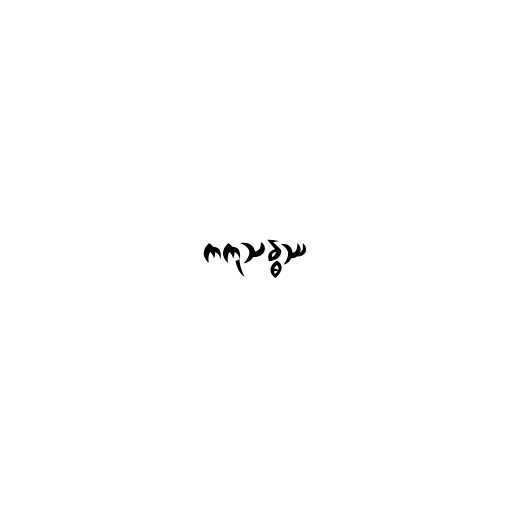
ကကုသန္ဓဿ